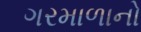
ગરમાળાનો